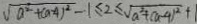
\sqrt { a ^ { 2 } + ( a - 4 ) ^ { 2 } } - 1 \leq 2 \leq \sqrt { a ^ { 2 } + ( a - 4 ) ^ { 2 } } + 1